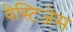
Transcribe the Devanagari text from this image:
वेस्टिजेस